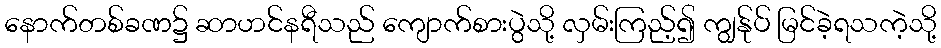
နောက်တစ်ခဏ၌ ဆာဟင်နရီသည် ကျောက်စားပွဲသို့ လှမ်းကြည့်၍ ကျွန်ုပ် မြင်ခဲ့ရသကဲ့သို့